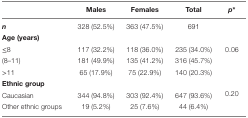
<table><thead><tr><td></td><td><b>Males</b></td><td><b>Females</b></td><td><b>Total</b></td><td><b><i>p</i>*</b></td></tr></thead><tbody><tr><td><b><i>n</i></b></td><td>328 (52.5%)</td><td>363 (47.5%)</td><td>691</td><td></td></tr><tr><td colspan="5"><b>Age (years)</b></td></tr><tr><td>≤8</td><td>117 (32.2%)</td><td>118 (36.0%)</td><td>235 (34.0%)</td><td rowspan="3">0.06</td></tr><tr><td>(8–11)</td><td>181 (49.9%)</td><td>135 (41.2%)</td><td>316 (45.7%)</td></tr><tr><td>&gt;11</td><td>65 (17.9%)</td><td>75 (22.9%)</td><td>140 (20.3%)</td></tr><tr><td colspan="5"><b>Ethnic group</b></td></tr><tr><td>Caucasian</td><td>344 (94.8%)</td><td>303 (92.4%)</td><td>647 (93.6%)</td><td rowspan="2">0.20</td></tr><tr><td>Other ethnic groups</td><td>19 (5.2%)</td><td>25 (7.6%)</td><td>44 (6.4%)</td></tr></tbody></table>